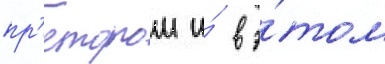
пр'етором и́ в э́том